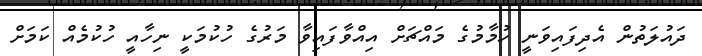
ދައުލަތުން އެދިފައިވަނީ ހުމާމުގެ މައްޗަށް އިއްވާފައިވާ މަރުގެ ހުކުމަކީ ނިހާއީ ހުކުމެއް ކަމަށް